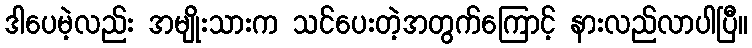
ဒါပေမဲ့လည်း အမျိုးသားက သင်ပေးတဲ့အတွက်ကြောင့် နားလည်လာပါပြီ။